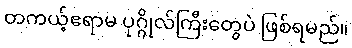
တကယ့်ဧရာမ ပုဂ္ဂိုလ်ကြီးတွေပဲ ဖြစ်ရမည်။